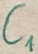
Text: C1